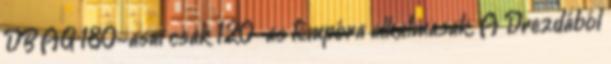
DB AG 180-asai csak 120-as tempóra alkalmasak. A Drezdából